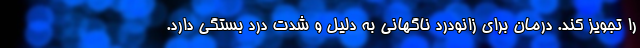
را تجویز کند. درمان برای زانودرد ناگهانی به دلیل و شدت درد بستگی دارد.